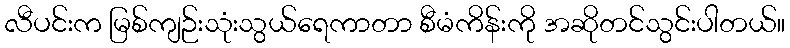
လီပင်းက မြစ်ကျဉ်းသုံးသွယ်ရေကာတာ စီမံကိန်းကို အဆိုတင်သွင်းပါတယ်။